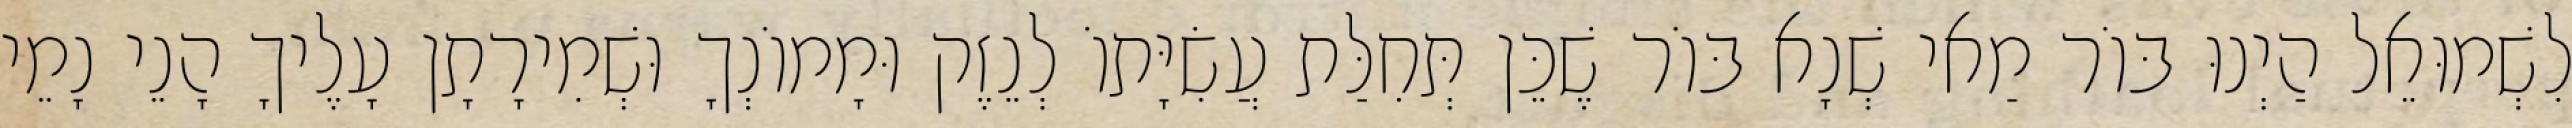
לִשְׁמוּאֵל הַיְנוּ בּוֹר מַאי שְׁנָא בּוֹר שֶׁכֵּן תְּחִלַּת עֲשִׂיָּתוֹ לְנֵזֶק וּמָמוֹנְךָ וּשְׁמִירָתָן עָלֶיךָ הָנֵי נָמֵי